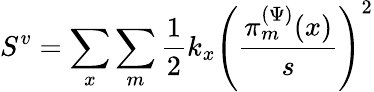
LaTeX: S^{v}=\sum_{x}\sum_{m}\frac{1}{2}k_{x}\left(\frac{\pi_{m}^{(\Psi)}(x)}{s}\right)^{2}